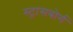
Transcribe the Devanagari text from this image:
स्ट्रासबोर्ग